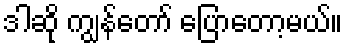
ဒါဆို ကျွန်တော် ပြောတော့မယ်။